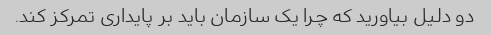
دو دلیل بیاورید که چرا یک سازمان باید بر پایداری تمرکز کند.